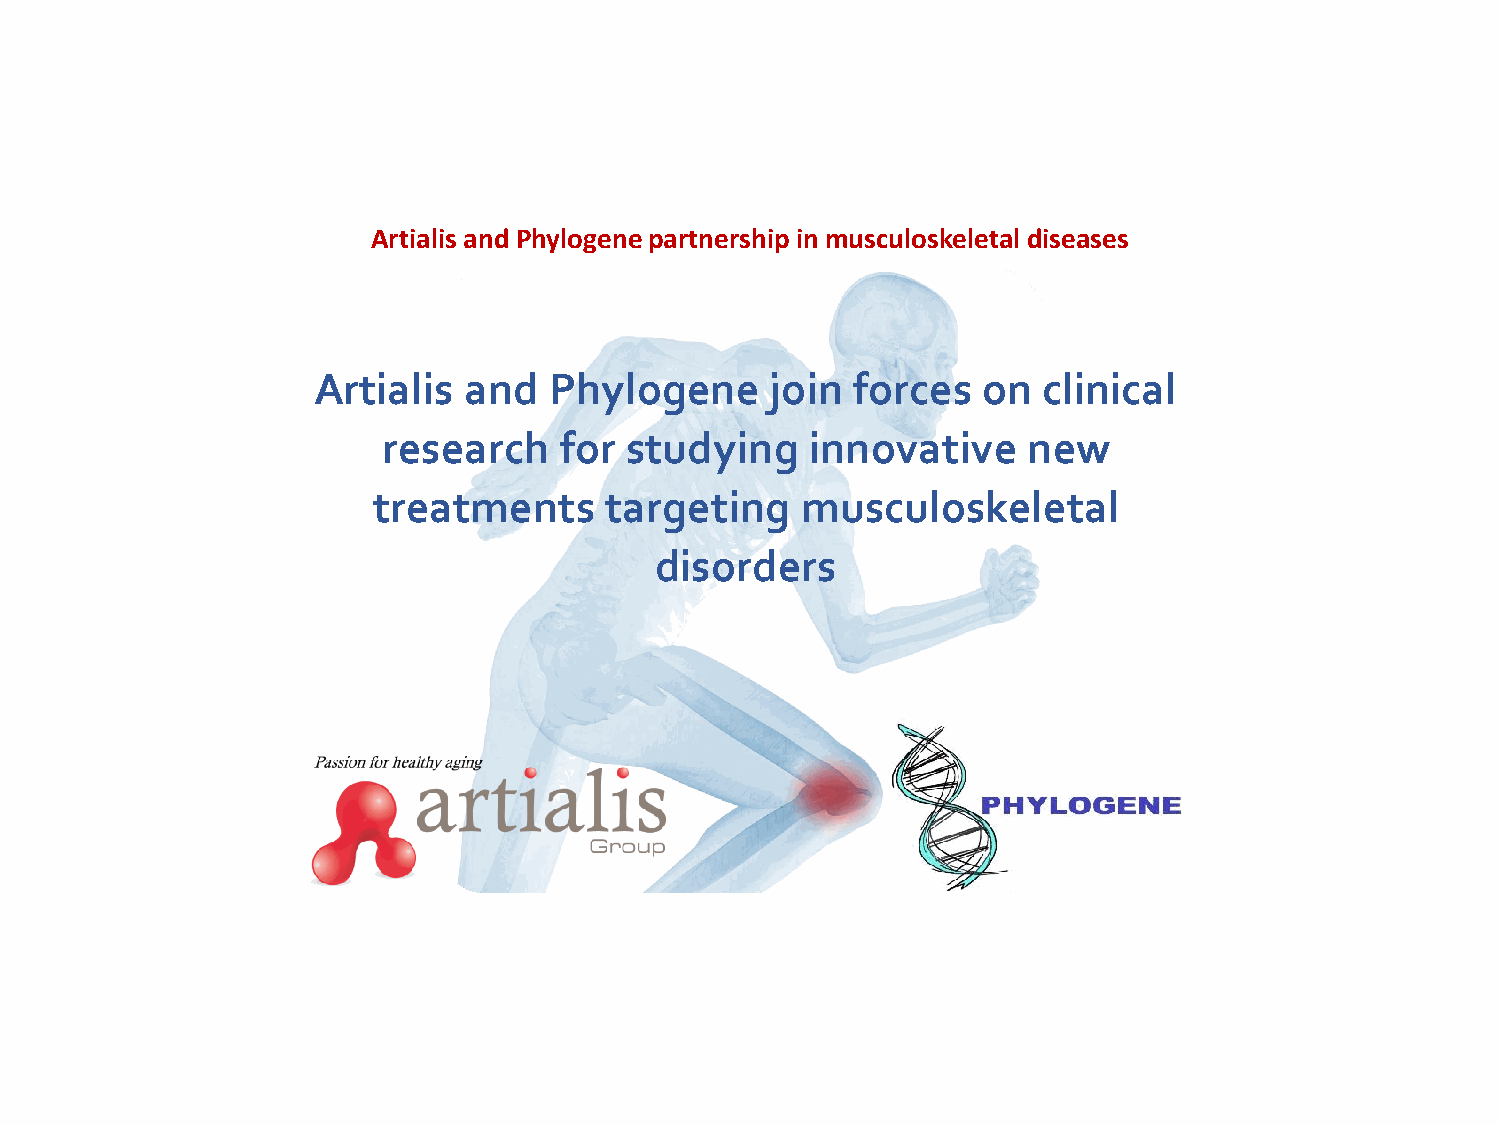
Artialis and Phylogenepartnership in musculoskeletaldiseases
 Artialis  and  Phylogene      join forces   on  clinical
 research    for studying     innovative    new
 treatments     targeting    musculoskeletal
 disorders